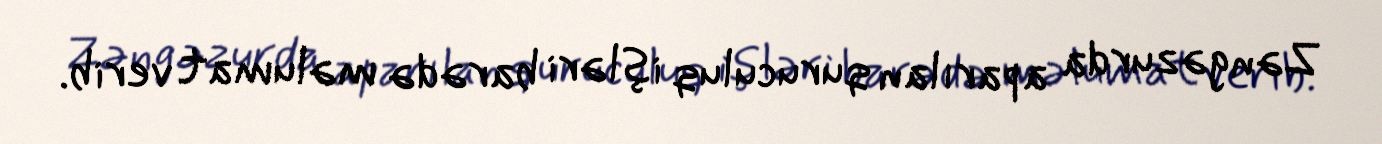
Zəngəzurda aparılan quruculuq işləri barədə məlumat verib.